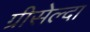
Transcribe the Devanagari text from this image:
ग्रीसेल्दा